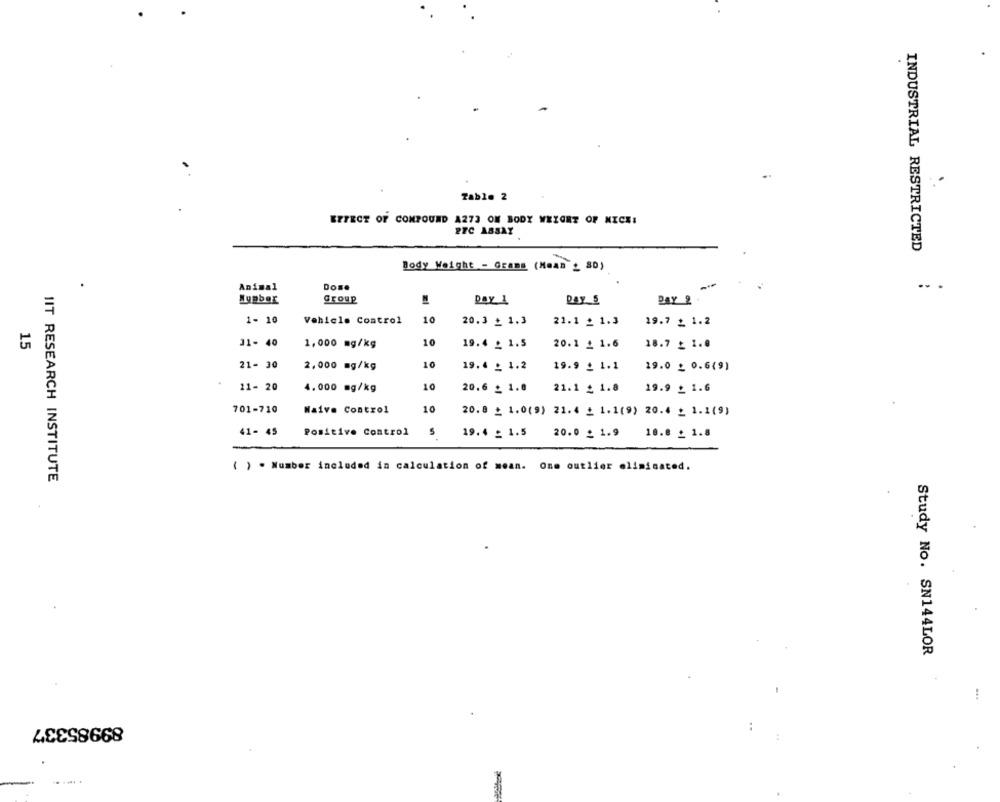
.
Table 2
EFFECT OF COMPOUND A273 OM BODY WEIGHT OF NICE:
2FC ASSAY
INDUSTRIAL RESTRICTED
Body Weight - Grans (Mean _ SD)
Animal
Dos.
-
...
Group
Number
Day 1
Day 5
DAY 2
1- 10
Vehicle Control
10
20.3 _ 1.3
21.1 _ 1.3
19.7 _ 1.2
15
31- 40
1,000 mg/kg
10
19.4 _ 1.5
20.1 £1.6
18.7 _ 1.0
21- 30
2,000 mg/kg
10
19.4 _ 1.2
19.9 _1.1
19.0 _ 0.6(9)
11- 20
10
4.000 mg/kg
20.6 _ 1.0
21.1 _ 1.8
19.9 _ 1.6
701-710
Waive Control
10
20.8 + 1.0(9) 21.4 + 1.1(9) 20.4 _ 1.1(9)
41- 45
Positive Control
5
19.4 _ 1.5
20.0 £ 1.9
10.8 _ 1.8
One outlier eliminated.
( ) . Number included in calculation of mean.
IIT RESEARCH INSTITUTE
Study No. SN144LOR
89985337
..